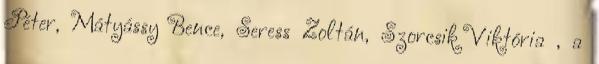
Péter, Mátyássy Bence, Seress Zoltán, Szorcsik Viktória , a